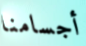
أجسامنا